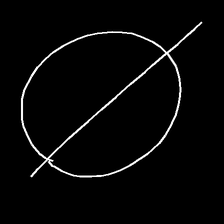
Glyph: orb